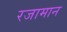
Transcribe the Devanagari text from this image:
रजामान